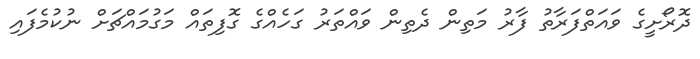
ދޮރޯށީގެ ވައަތްފަރާތު ފާރު މަތިން ދެތިން ވައްތަރު ގަހެއްގެ ގޮފިތައް މަގުމައްޗަށް ނުކުމެފައި